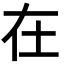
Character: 在